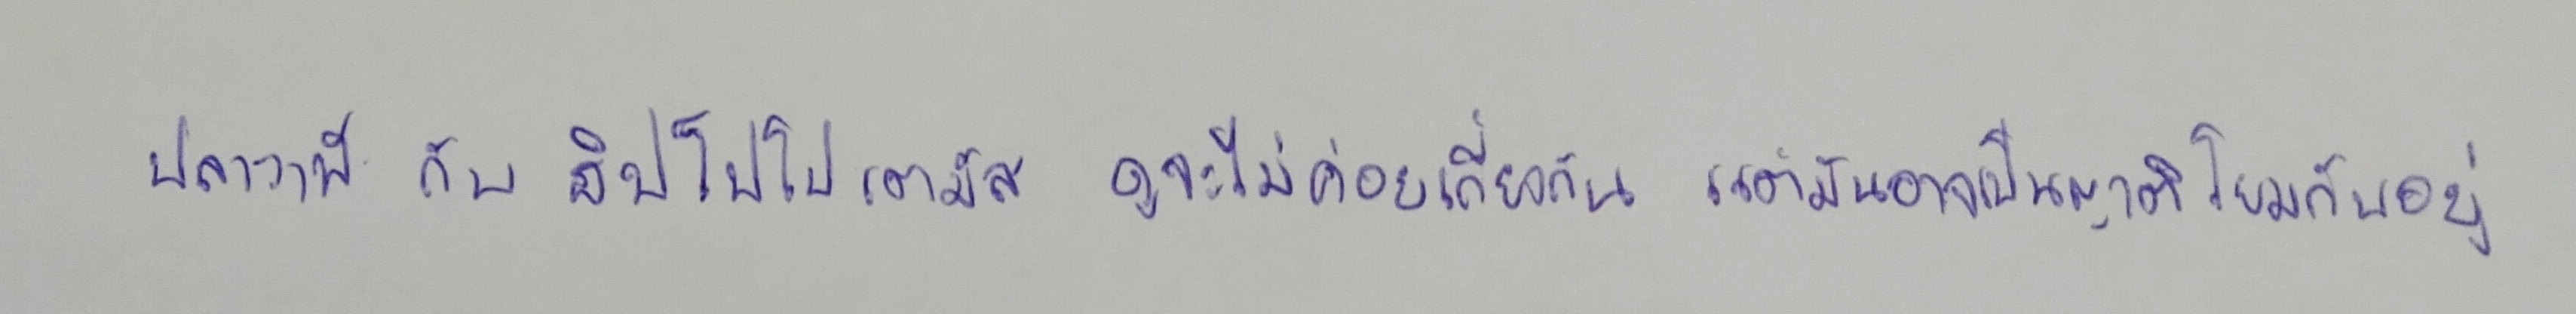
แต่จนถึงทุกวันนี้คลื่นความถี่ก็ยังไม่ได้เป็นสาธารณะ